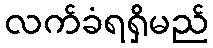
လက်ခံရရှိမည်